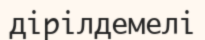
дірілдемелі